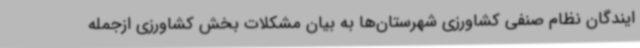
ایندگان نظام صنفی کشاورزی شهرستان‌ها به بیان مشکلات بخش کشاورزی ازجمله